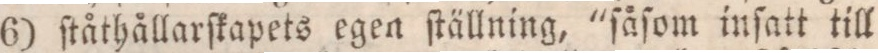
6) ſtåthållarſkapets egen ſtällning, "ſåſom inſatt till